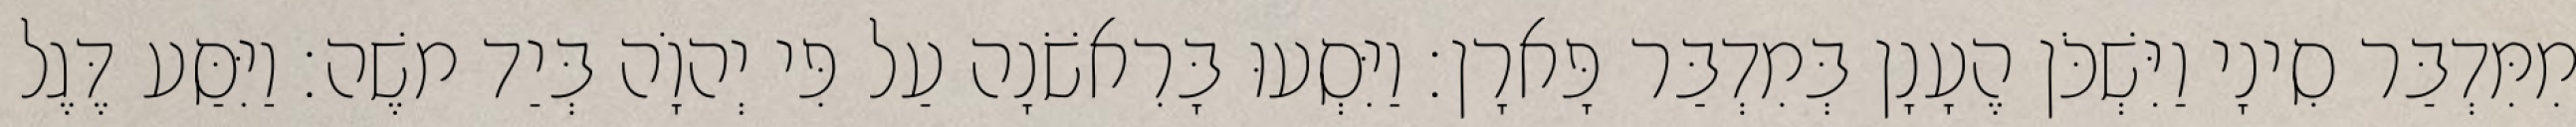
מִמִּדְבַּר סִינָי וַיִּשְׁכֹּן הֶעָנָן בְּמִדְבַּר פָּארָן׃ וַיִּסְעוּ בָּרִאשֹׁנָה עַל פִּי יְהוָֹה בְּיַד משֶׁה׃ וַיִּסַּע דֶּגֶל